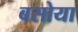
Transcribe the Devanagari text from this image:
बसोया